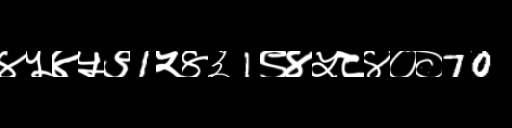
Text: ४५४५९1५४३1९४५८४००70